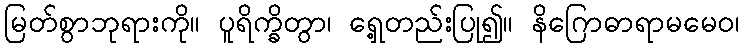
မြတ်စွာဘုရားကို။ ပူရိက္ခိတွာ၊ ရှေ့တည်းပြု၍။ နိဂြောဓာရာမမေဝ၊